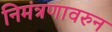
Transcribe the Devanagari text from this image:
निमंत्रणावरुन